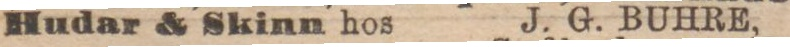
Hudar & Skinn hos J. G. BUHRE,